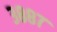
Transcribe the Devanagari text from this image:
३८८७